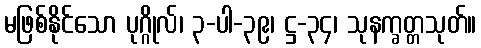
မဖြစ်နိုင်သော ပုဂ္ဂိုလ်၊ ၃-ပါ-၃၉၊ ဋ္ဌ-၃၄၊ သုနက္ခတ္တသုတ်။